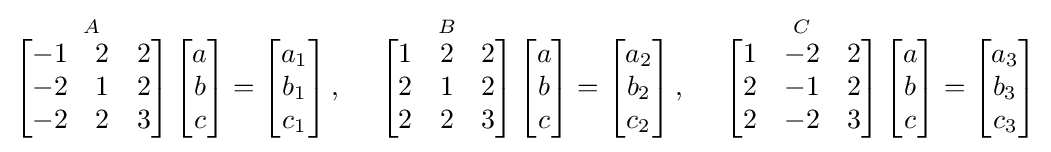
{\overset {A}{\mathop {\left[{\begin{matrix}-1&2&2\\-2&1&2\\-2&2&3\\\end{matrix}}\right]} }}\left[{\begin{matrix}a\\b\\c\\\end{matrix}}\right]=\left[{\begin{matrix}a_{1}\\b_{1}\\c_{1}\\\end{matrix}}\right],\quad {\text{     }}{\overset {B}{\mathop {\left[{\begin{matrix}1&2&2\\2&1&2\\2&2&3\\\end{matrix}}\right]} }}\left[{\begin{matrix}a\\b\\c\\\end{matrix}}\right]=\left[{\begin{matrix}a_{2}\\b_{2}\\c_{2}\end{matrix}}\right],\quad {\text{     }}{\overset {C}{\mathop {\left[{\begin{matrix}1&-2&2\\2&-1&2\\2&-2&3\end{matrix}}\right]} }}\left[{\begin{matrix}a\\b\\c\end{matrix}}\right]=\left[{\begin{matrix}a_{3}\\b_{3}\\c_{3}\end{matrix}}\right]